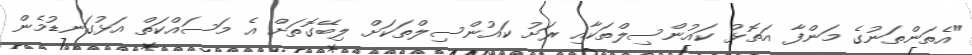
"އެތަންތަނުގެ މަންފާ އަތޮޅު ކައުންސިލްތަކާއި ރަށު ކައުންސިލްތަކަށް ލިބޭގޮތަށް އެ މަސައްކަތް އަޅުގަނޑުމެން